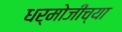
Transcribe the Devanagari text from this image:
धर्मोजींच्या